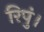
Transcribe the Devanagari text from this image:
रिपुं।